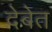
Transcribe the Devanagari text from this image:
देबेत